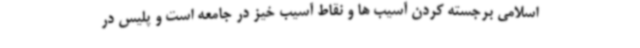
اسلامی برجسته کردن آسیب ها و نقاط آسیب خیز در جامعه است و پلیس در